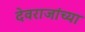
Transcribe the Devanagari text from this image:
देवराजांच्या